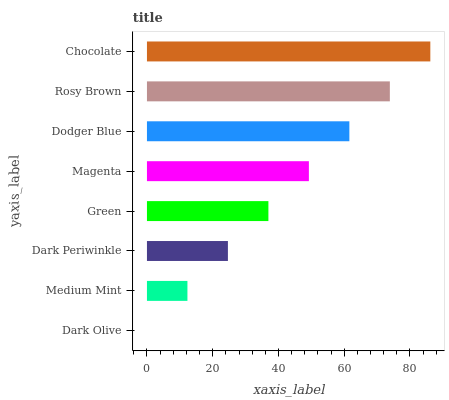
| yaxis_label | bars |
 | --- | --- |
 | Dark Olive | 0 |
 | Medium Mint | 12.3 |
 | Dark Periwinkle | 24.6 |
 | Green | 36.9 |
 | Magenta | 49.3 |
 | Dodger Blue | 61.6 |
 | Rosy Brown | 73.9 |
 | Chocolate | 86.2 |